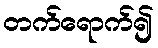
တက်ရောက်၍